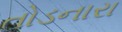
તોડનારા